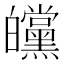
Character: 㿩